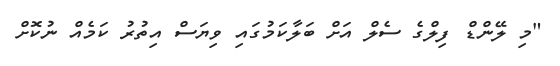
"މި ލޭންޑް ފިލްގެ ސެލް އަށް ބަލާކަމުގައި ވިޔަސް އިތުރު ކަމެއް ނުކޮށް